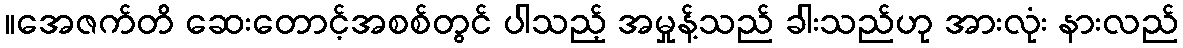
။အေဇက်တိ ဆေးတောင့်အစစ်တွင် ပါသည့် အမှုန့်သည် ခါးသည်ဟု အားလုံး နားလည်